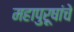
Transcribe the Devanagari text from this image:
महापुरूषांचे